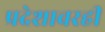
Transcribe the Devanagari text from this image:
प्रदेशावरही